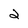
Character: 2